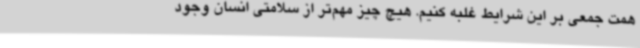
همت جمعی بر این شرایط غلبه کنیم. هیچ چیز مهم‌تر از سلامتی انسان وجود